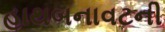
હાથબનાવટની